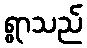
ရွာသည်